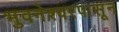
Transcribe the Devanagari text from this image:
भुवनेश्वरपासून